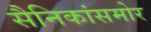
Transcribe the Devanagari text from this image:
सैनिकांसमोर